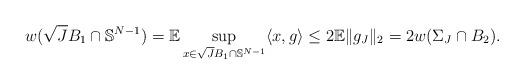
LaTeX: \begin{align*}w(\sqrt{J}B_1\cap \mathbb{S}^{N-1})=\mathbb{E}\sup_{x\in \sqrt{J}B_1\cap\mathbb{S}^{N-1}}\langle x,g\rangle\leq2\mathbb{E}\|g_J\|_2=2w(\Sigma_J\cap B_2).\end{align*}